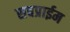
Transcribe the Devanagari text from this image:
सबप्राईम